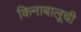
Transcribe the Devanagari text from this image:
किनाबालूची